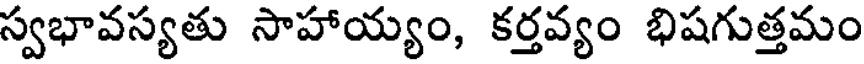
స్వభావస్యతు సాహాయ్యం, కర్తవ్యం భిషగుత్తమం